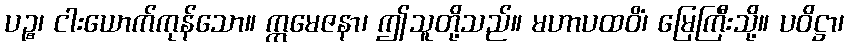
ပဉ္စ၊ ငါးယောက်ကုန်သော။ ဣမေဇနာ၊ ဤသူတို့သည်။ မဟာပထဝိံ၊ မြေကြီးသို့။ ပဝိဋ္ဌာ၊